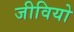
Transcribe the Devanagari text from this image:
जीवियो